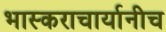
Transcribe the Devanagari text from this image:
भास्कराचार्यानीच